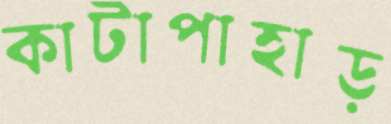
কাটাপাহাড়